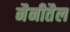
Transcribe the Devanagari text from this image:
नैनीतैल